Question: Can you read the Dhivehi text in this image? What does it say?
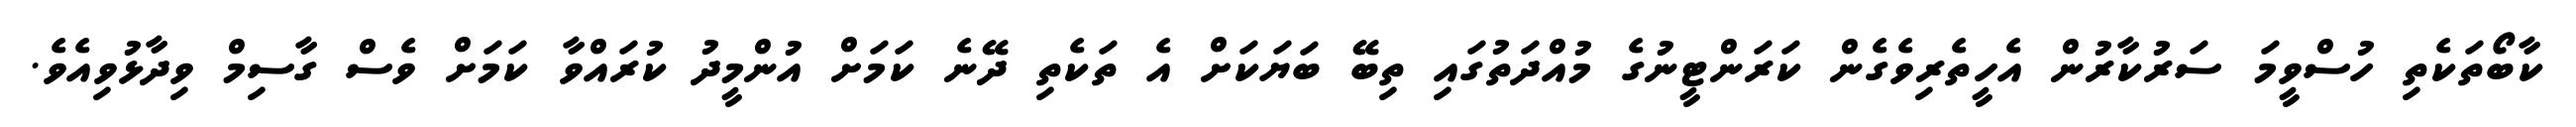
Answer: ކާބޯތަކެތި ހުސްވީމަ ސަރުކާރުން އެހީތެރިވެގެން ކަރަންޓީނުގެ މުއްދަތުގައި ތިބޭ ބަޔަކަށް އެ ތަކެތި ދޭނެ ކަމަށް އުންމީދު ކުރައްވާ ކަމަށް ވެސް ގާސިމް ވިދާޅުވިއެވެ.